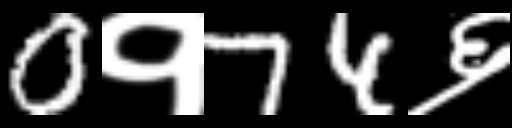
Text: 0१74६